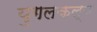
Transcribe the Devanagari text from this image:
युगलकल्प